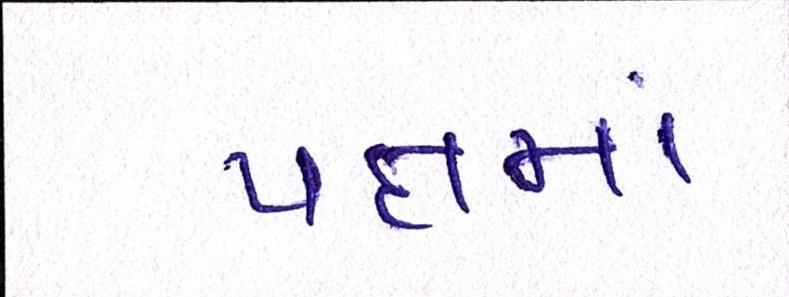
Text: પક્ષમાં